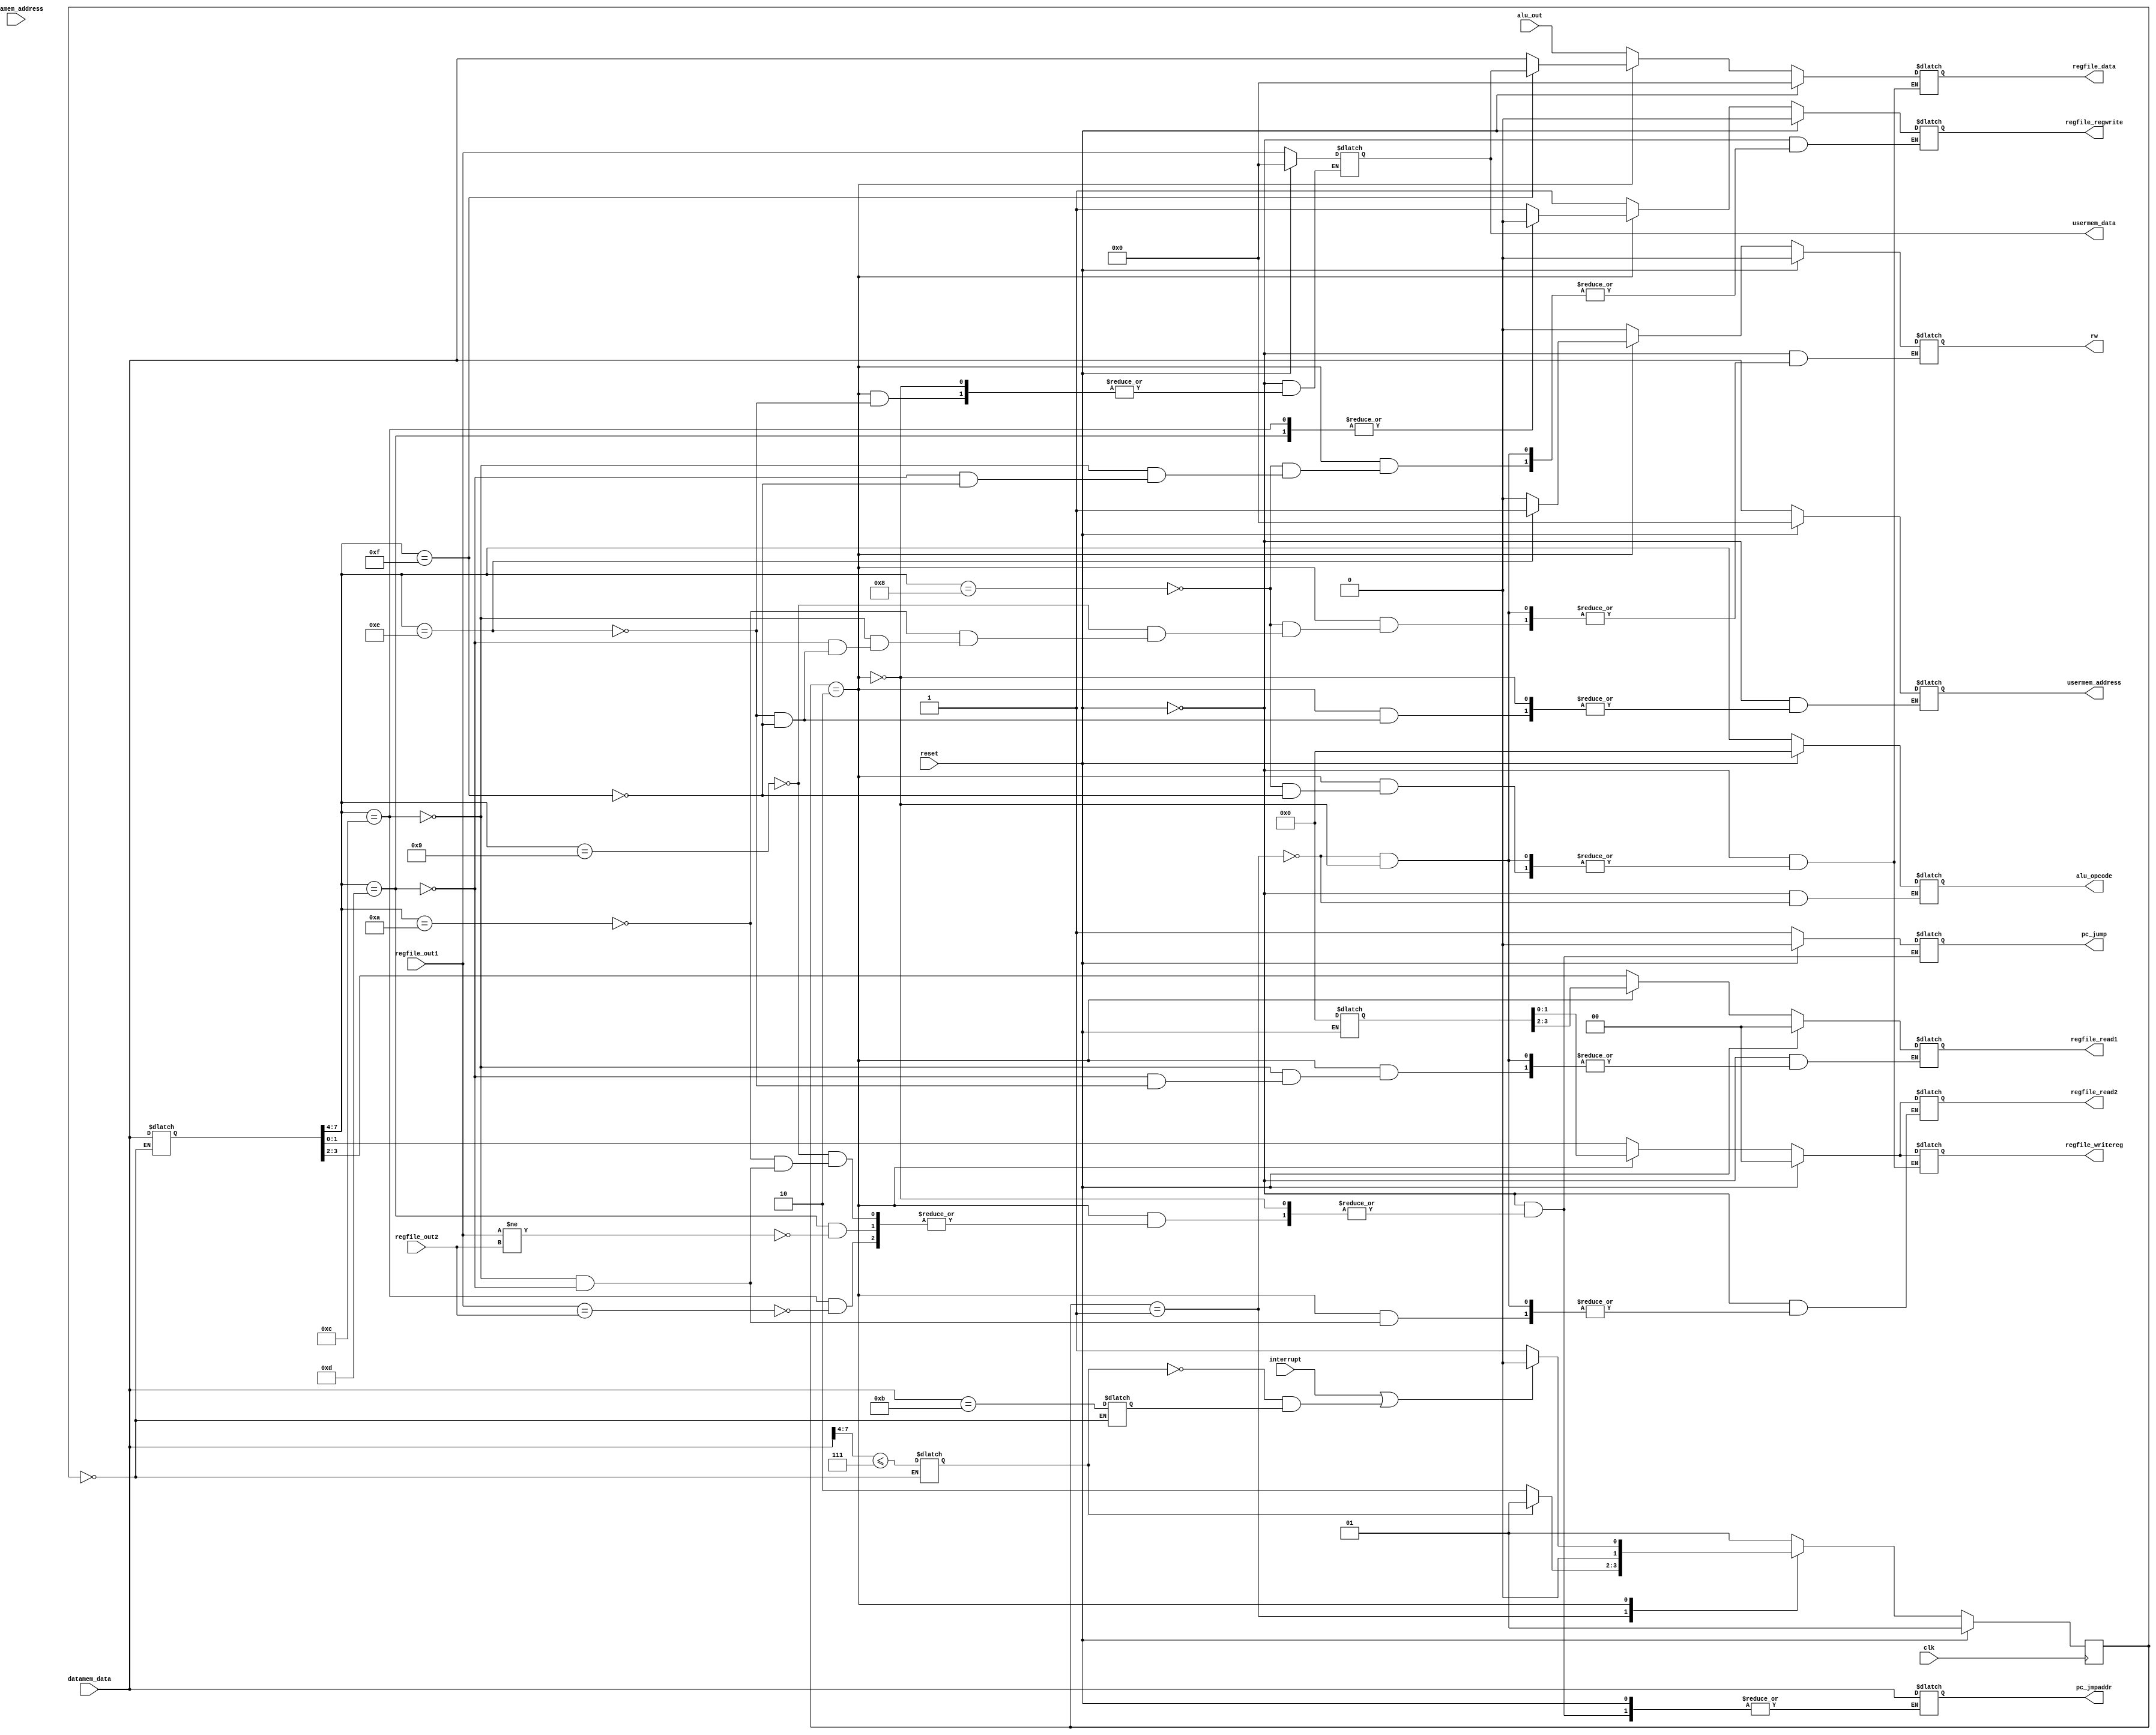
/*
 * Control Unit for simple 8-bit CPU.
*/

module control (input clk, reset, interrupt,
                input [7:0] datamem_data, datamem_address,  regfile_out1, regfile_out2, alu_out,


                output reg [3:0] alu_opcode,
                output reg [7:0] regfile_data, output [7:0] usermem_data,
                output reg [1:0] regfile_read1, regfile_read2, regfile_writereg,
                output reg [7:0] usermem_address, pc_jmpaddr,
                output reg rw, regfile_regwrite, pc_jump);
        /* Flags */
    //reg [1:0]  state;
reg [1:0] stage;
    reg [7:0] instruction_c;
reg [7:0] instruction;
reg [7:0] prevaddr;
    reg [7:0] umd;
    reg [1:0] next_state;
    reg [7:0] datamem_addresss;
    parameter SIZE = 3;
    parameter S0 = 3'b001, S1 = 3'b010, SIR = 3'b100;

    parameter state0 = 2'b00;
    parameter state1 = 2'b01;
    parameter state2 = 2'b10;
    parameter state3 = 2'b11;
    
  assign usermem_data=rw?umd:8'bz;

    reg is_onecyc, is_rts;
    always @(*) begin
      if (stage==2'b00) begin
        instruction_c<=datamem_data;
        is_onecyc <= (datamem_data[7:4] <= 4'h7);
        is_rts <= (datamem_data == 4'hb);
      end
    end
    always @ (stage or is_rts or interrupt or is_onecyc)
        begin : FSM_COMBO
        next_state = 3'b001;
        case(stage)
            S0 : if (is_onecyc == 0)
                next_state = S1;
                else
                next_state = S0;
            S1 : if (interrupt == 1 || (is_onecyc == 0 && is_rts))
                    next_state = SIR;
                    else
                    next_state = S0;
            SIR : next_state = S0;
            default : next_state = S0;
        endcase
    end
        always @(posedge clk)
        /* Check for reset*/
        begin : FSM_SEQ
        if (reset == 1)
        begin stage <= S0;
        end
        else begin
        stage <= next_state;
        end
        end
        always @(stage or reset)
         begin : OUTPUT_LOGIC
            if(reset == 1)begin
            {instruction, alu_opcode, regfile_data, umd, usermem_address} <= 8'b0;
            {regfile_read1, regfile_read2, regfile_writereg} <= 3'b0;
            {rw, regfile_regwrite, pc_jump} <= 1'b0;

            end else begin
            case(stage)
            S0: begin
                rw <= 0;
                regfile_regwrite <= 1;
                regfile_read1 <= instruction_c[3:2];
                regfile_read2 <= instruction_c[1:0];
                alu_opcode <= instruction_c[7:4];
                regfile_writereg <= instruction_c[1:0];
                regfile_data <= alu_out;

                end
             S1: case (instruction_c[7:4])
                                        4'h8 /* LD */:
                                        begin
                                                rw <= 0;
                                                regfile_writereg <= instruction[1:0];
                                                regfile_regwrite <= 1;
                                                regfile_data <= datamem_data;
                                        end
                                        4'h9 /* JMP */:
                                        begin
                                                rw <= 0;
                                                pc_jump <= 1;
                                                pc_jmpaddr <= datamem_data;
                                        end
                            4'ha /* CALL */:
                            begin
                                                rw <= 0;
                                prevaddr <= datamem_address + 1;
                                                pc_jump <= 1;
                                                pc_jmpaddr <= datamem_data;
                            end
                                        4'hc /* BEQ */:
                                        begin
                                                rw <= 0;
                                                regfile_regwrite <= 0;
                                                regfile_read1 <= instruction[3:2];
                                                regfile_read2 <= instruction[1:0];
                                                if(regfile_out1 == regfile_out2)
                                                begin
                                    prevaddr <= datamem_address + 1;
                                        pc_jump <= 1;
                                                        pc_jmpaddr <= datamem_data;
                                                end
                                        end
                            4'hd /* BNE */:
                            begin
                                                rw <= 0;
                                                regfile_regwrite <= 0;
                                                regfile_read1 <= instruction[3:2];
                                                regfile_read2 <= instruction[1:0];
                                                if(regfile_out1 != regfile_out2)
                                                begin
                                    prevaddr <= datamem_address + 1;
                                        pc_jump <= 1;
                                                        pc_jmpaddr <= datamem_data;
                                                end
                            end
                            4'he /* ST */:
                            begin
                                rw <= 1;
                                usermem_address <= datamem_data;
                                                regfile_read1 <= instruction[3:2];
                                umd <= regfile_out1;
                            end
                            4'hf /* LDUMEM */:
                            begin
                                                rw <= 0;
                                usermem_address <= datamem_data;
                                                regfile_writereg <= instruction[1:0];
                                                regfile_regwrite <= 1;
                                                regfile_data <= usermem_data;
                            end
                        endcase

               SIR: begin
                            prevaddr <= datamem_address;
                            pc_jump <= 1;
                            pc_jmpaddr <= 8'hfe;
                            end
endcase
end
end

/*always @ (posedge clk)
begin
if (datamem_address == 8'b00001001)
    datamem_addresss <= 8'b0;

end
*/

endmodule //control


module pc(input clk, reset, jump,
          input [7:0] jmpaddr,
          output reg[7:0] data);

always @(posedge clk) begin
if (reset == 1)
data <= 8'b0;
else if (reset == 0)
begin
if (jump == 1)
data <= jmpaddr;
else if (jump == 0)
data <= data + 1;
end
end
endmodule //pc